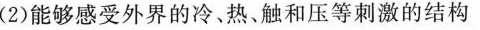
(2)能够感受外界的冷、热、触和压等刺激的结构